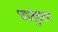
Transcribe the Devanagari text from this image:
धातुंवरच